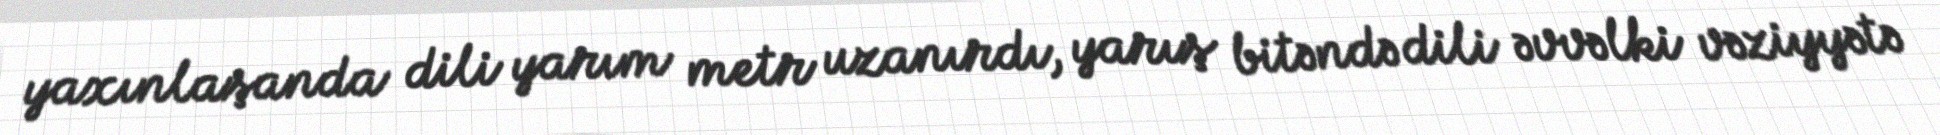
yaxınlaşanda dili yarım metr uzanırdı, yarış bitəndə dili əvvəlki vəziyyətə